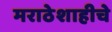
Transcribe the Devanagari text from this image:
मराठेशाहीचे